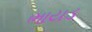
ભાયડ